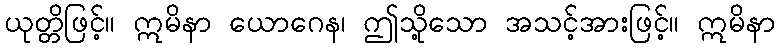
ယုတ္တိဖြင့်။ ဣမိနာ ယောဂေန၊ ဤသို့သော အသင့်အားဖြင့်။ ဣမိနာ